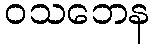
ဝသဘေန